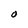
Character: O